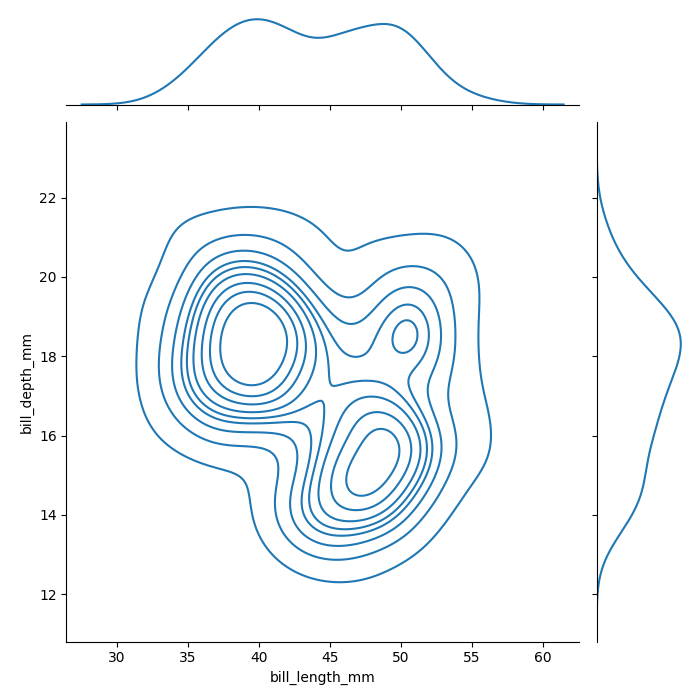
python, seaborn, jointplot, kind='kde', height='7', ratio='5', marginal_ticks='False'